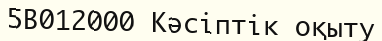
5В012000 Кәсіптік оқыту